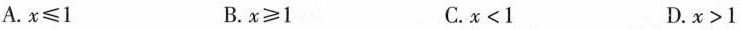
A.$$x \leqslant 1$$ B.$$x \geqslant 1$$ C.$$x<1$$ D.$$x>1$$